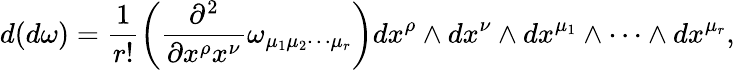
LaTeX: d(d\omega)=\frac{1}{r!}\left(\frac{\partial^{2}}{\partial x^{\rho}x^{\nu}}\omega_{\mu_{1}\mu_{2}\cdots\mu_{r}}\right)dx^{\rho}\wedge dx^{\nu}\wedge dx^{\mu_{1}}\wedge\cdots\wedge dx^{\mu_{r}},